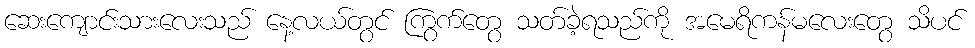
ဆေးကျောင်းသားလေးသည် နေ့လယ်တွင် ကြွက်တွေ သတ်ခဲ့ရသည်ကို အမေရိကန်မလေးတွေ သိပင်